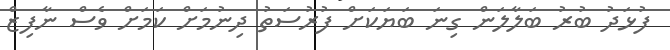
ފުޅަދު ބުރު ބަލާލަން ގިނަ ބަޔަކަށް ފުރުސަތު ދިނުމަށް ކަަމަށް ވެސް ނާފިޒް